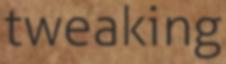
tweaking